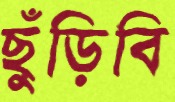
ছুঁড়িবি